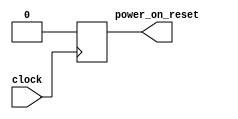
// See LICENSE file for license details.
(* keep_hierarchy = "yes" *) module PowerOnResetFPGAOnly(
  input clock,
  (* dont_touch = "true" *) output power_on_reset
);
  reg reset;
  assign power_on_reset = reset;

  initial begin
     reset <= 1'b1;
  end

  always @(posedge clock) begin
     reset <= 1'b0;
  end
endmodule